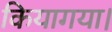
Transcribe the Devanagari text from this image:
कियागया।